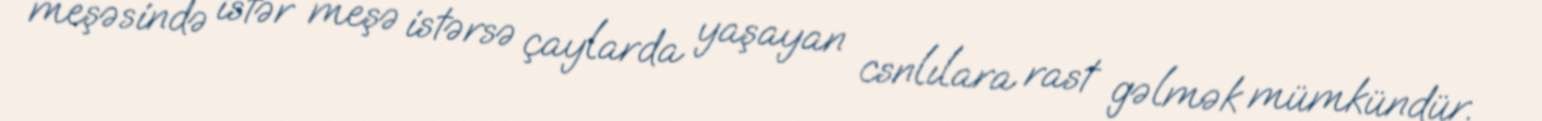
meşəsində istər meşə istərsə çaylarda yaşayan csnlılara rast gəlmək mümkündür.